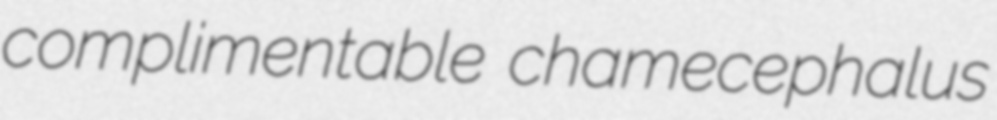
complimentable chamecephalus